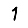
Digit: 1